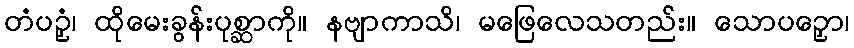
တံပဉှံ၊ ထိုမေးခွန်းပုစ္ဆာကို။ နဗျာကာသိ၊ မဖြေလေသတည်း။ သောပဉှော၊